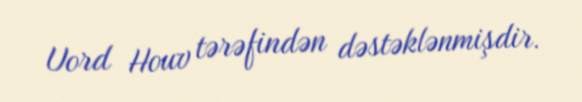
Uord Houv tərəfindən dəstəklənmişdir.